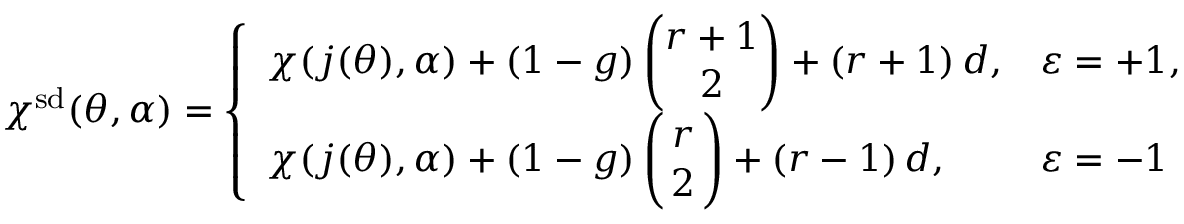
\chi ^ { \smash { \mathrm { s d } } } ( \theta , \alpha ) = \left\{ \begin{array} { l l } { \displaystyle \chi ( j ( \theta ) , \alpha ) + ( 1 - g ) \, \binom { r + 1 } { 2 } + ( r + 1 ) \, d , } & { \varepsilon = + 1 , } \\ { \displaystyle \chi ( j ( \theta ) , \alpha ) + ( 1 - g ) \, \binom { r } { \, 2 \, } + ( r - 1 ) \, d , } & { \varepsilon = - 1 } \end{array} \right.